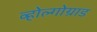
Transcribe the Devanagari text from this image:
व्होल्गोग्राड